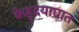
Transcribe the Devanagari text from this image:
केहृदयाघात